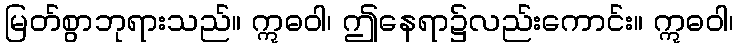
မြတ်စွာဘုရားသည်။ ဣဓဝါ၊ ဤနေရာ၌လည်းကောင်း။ ဣဓဝါ၊